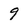
Character: 9